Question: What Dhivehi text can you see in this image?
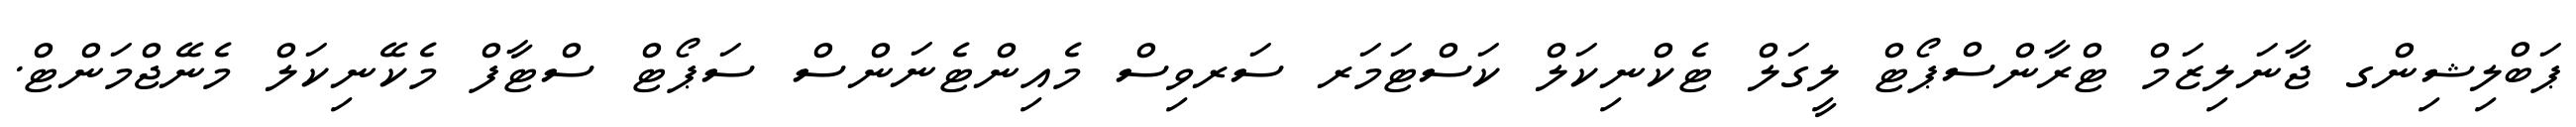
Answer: ޕަބްލިޝިންގ ޖާނަލިޒަމް ޓްރާންސްޕޯޓް ލީގަލް ޓެކްނިކަލް ކަސްޓަމަރ ސަރވިސް މެއިންޓެނަންސް ސަޕޯޓް ސްޓާފް މެކޭނިކަލް މެނޭޖްމަންޓް.